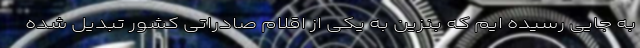
به جایی رسیده ایم که بنزین به یکی از اقلام صادراتی کشور تبدیل شده